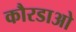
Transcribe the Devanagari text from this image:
कौरडाओ